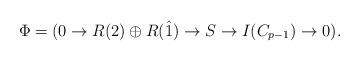
LaTeX: \begin{align*}\Phi=(0\rightarrow R(2)\oplus R(\hat{1}) \rightarrow S \rightarrow I(C_{p-1})\rightarrow 0).\end{align*}